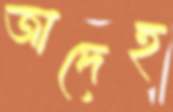
জাদেহ